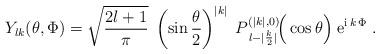
LaTeX: \begin{align*}Y_{lk}(\theta,\Phi) = \sqrt{\frac{2l+1}{\pi}} \; \left(\sin \frac{\theta}{2}\right)^{|k|} \; P_{\:l-|\frac{k}{2}|}^{(|k|,0)}\!\Big(\cos \theta \Big) \; \mathrm{e}^{\mathrm{i} \, k \, \Phi}\; . \end{align*}